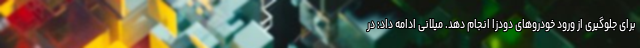
برای جلوگیری از ورود خودروهای دودزا انجام دهد. میلانی ادامه داد: در